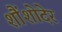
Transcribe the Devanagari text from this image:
शौंशोदेर